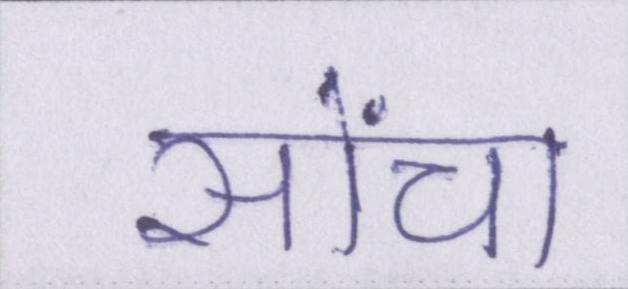
सोंचा